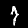
Label: 7